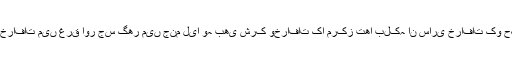
حضرت ابراہیم ﷤نے یک ایسے ماحول میں آنکھ کھولی جو شرک خرافات میں غرق اور جس گھر میں جنم لیا وہ بھی شرک وخرافات کا مرکز تھا بلکہ ان ساری خرافات کو حکومتِ وقت اورآپ کے والد کی معاونت اور سرپرستی حاصل تھی۔